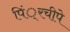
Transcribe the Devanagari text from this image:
पिं्रचीपे